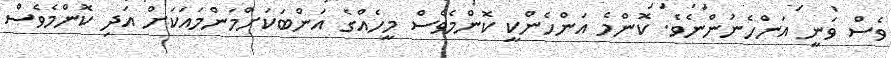
ވެސް ވަނީ އަންހެނުންނެވެ. ކޮންމެ އަންހެންކީ ކޮންމެވެސް މީހެއްގެ އަންބަކަށްމަންމައަކަށް އަދި ކޮންމެވެސް